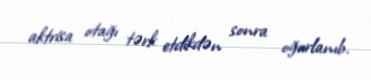
aktrisa otağı tərk etdikdən sonra oğurlanıb.